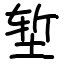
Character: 堑